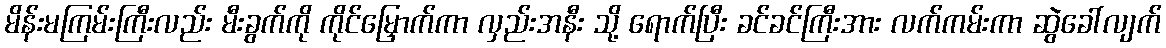
မိန်းမကြမ်းကြီးလည်း မီးခွက်ကို ကိုင်မြှောက်ကာ လှည်းအနီး သို့ ရောက်ပြီး ခင်ခင်ကြီးအား လက်ကမ်းကာ ဆွဲခေါ်လျက်